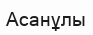
Асанұлы